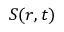
S ( \boldsymbol r , t )